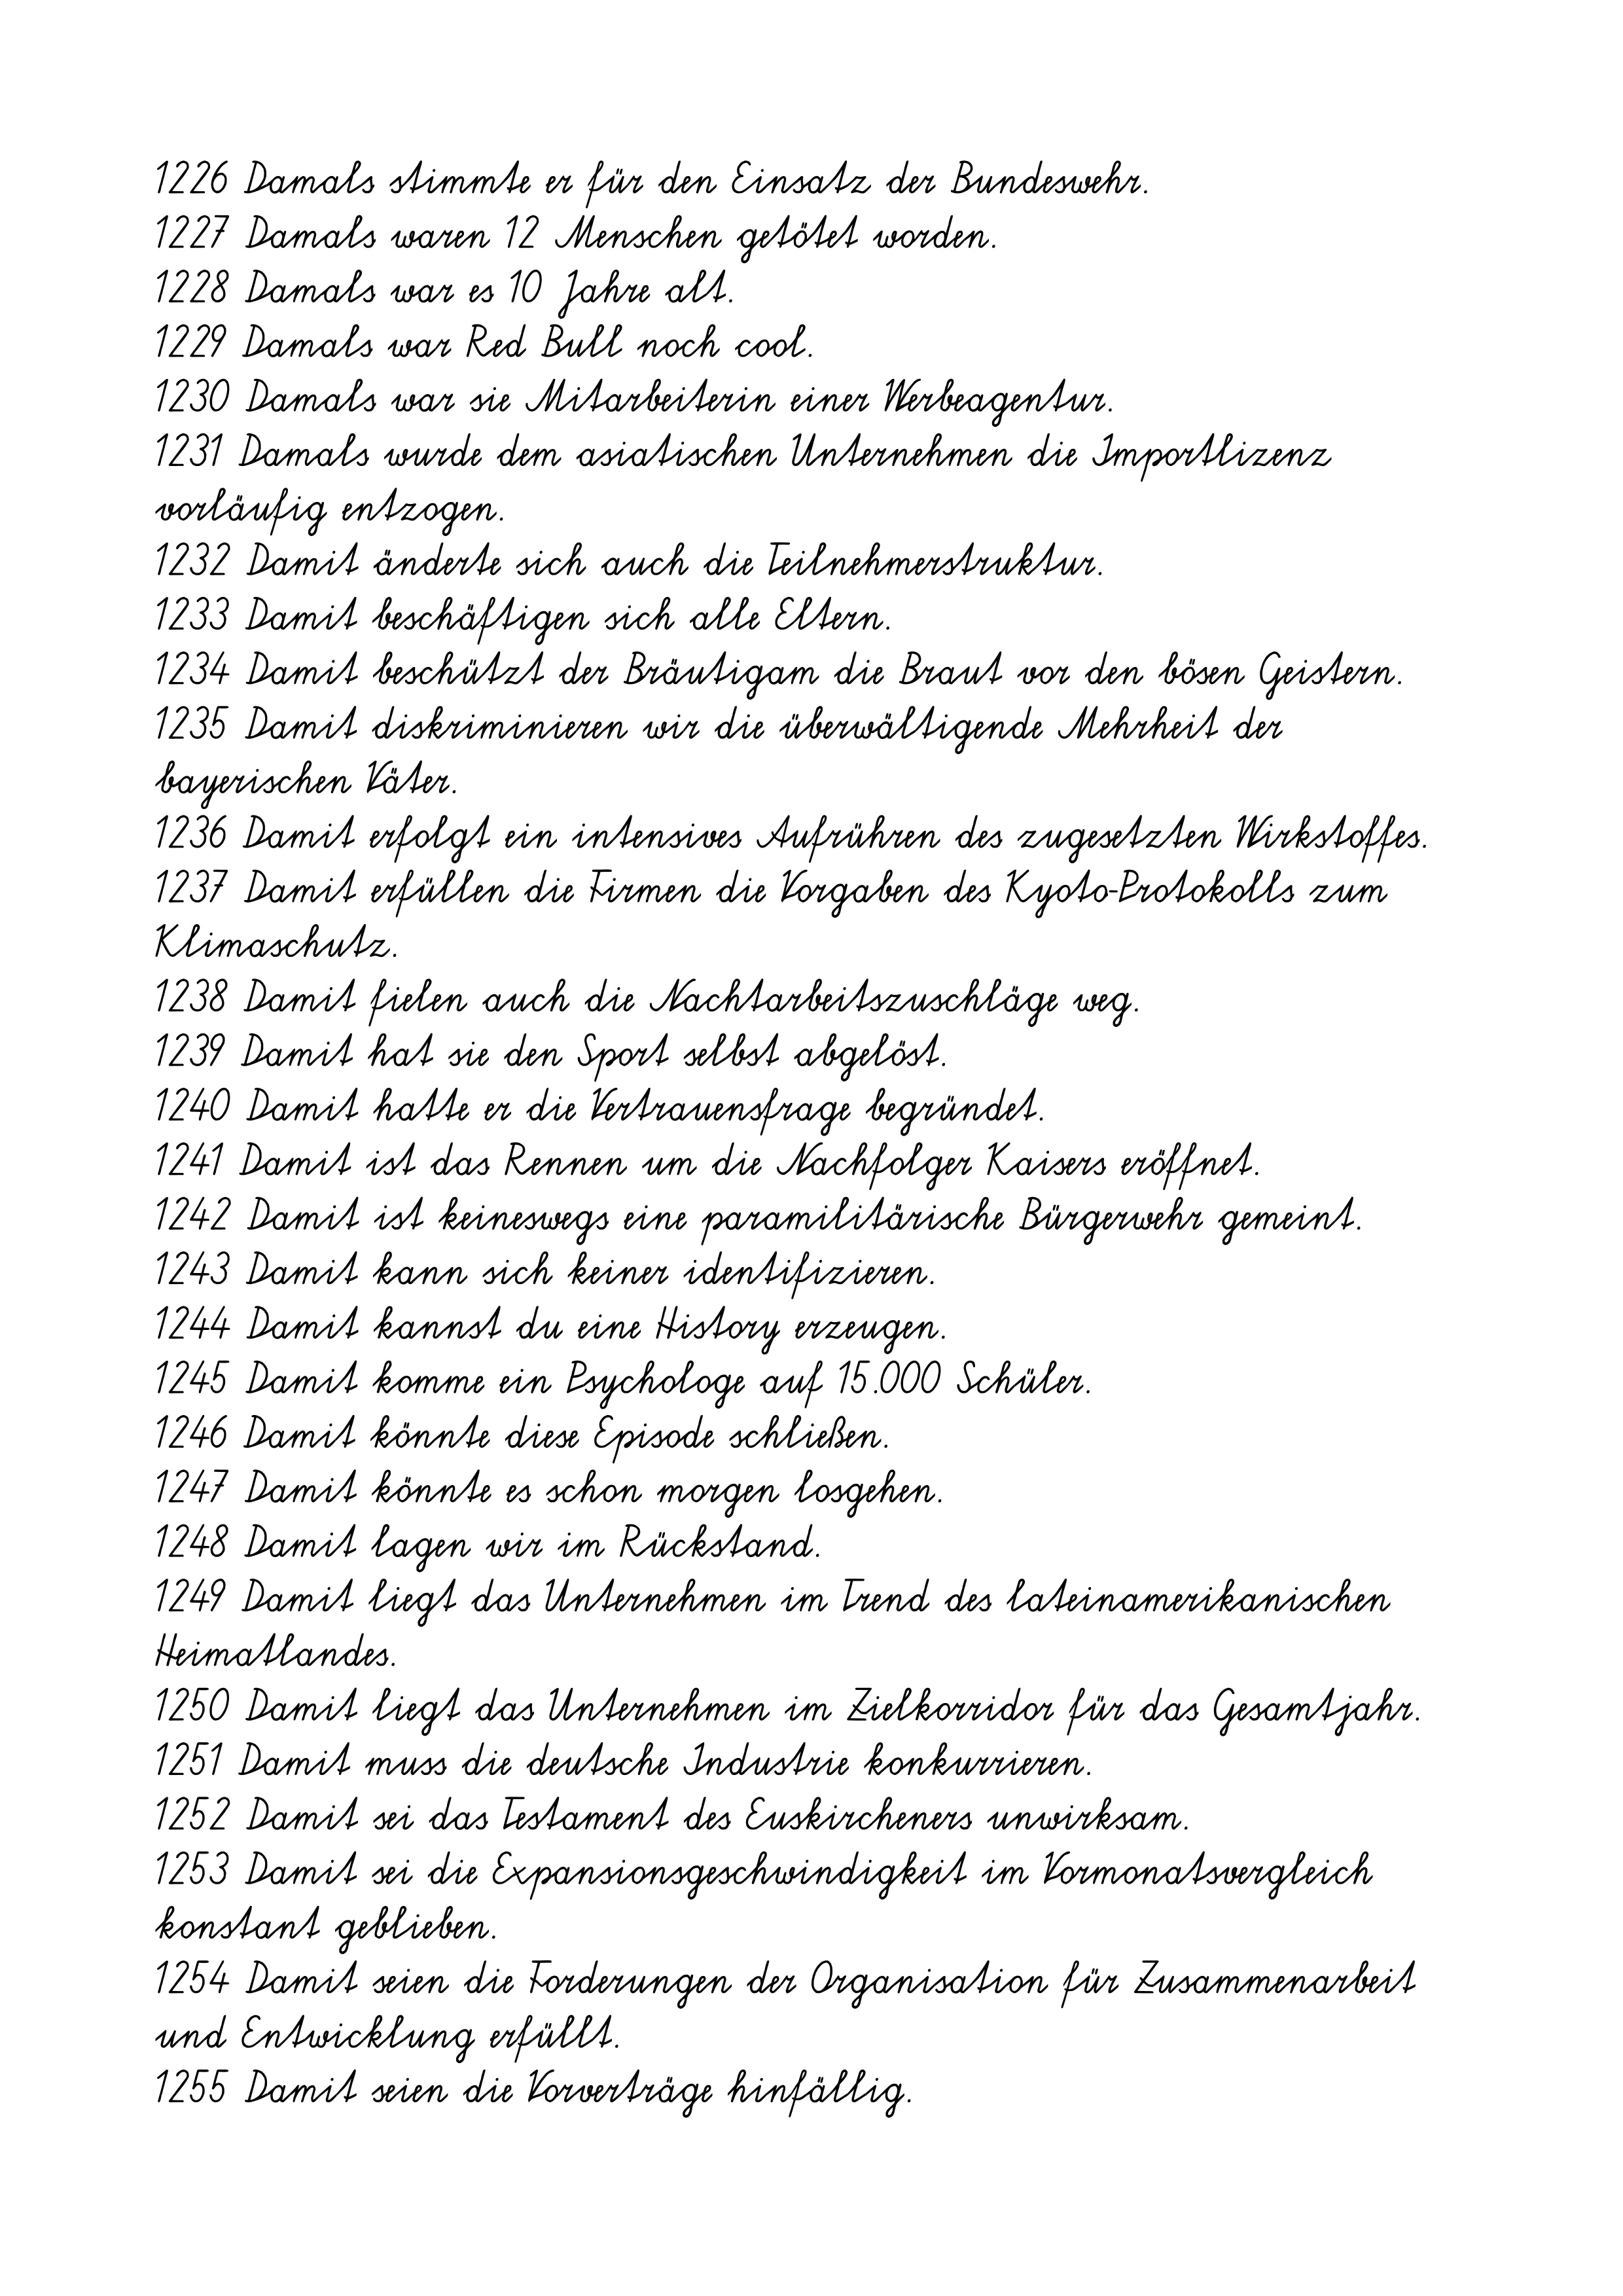
1226 Damals stimmte er für den Einsatz der Bundeswehr.
1227 Damals waren 12 Menschen getötet worden.
1228 Damals war es 10 Jahre alt.
1229 Damals war Red Bull noch cool.
1230 Damals war sie Mitarbeiterin einer Werbeagentur.
1231 Damals wurde dem asiatischen Unternehmen die Importlizenz
vorläufig entzogen.
1232 Damit änderte sich auch die Teilnehmerstruktur.
1233 Damit beschäftigen sich alle Eltern.
1234 Damit beschützt der Bräutigam die Braut vor den bösen Geistern.
1235 Damit diskriminieren wir die überwältigende Mehrheit der
bayerischen Väter.
1236 Damit erfolgt ein intensives Aufrühren des zugesetzten Wirkstoffes.
1237 Damit erfüllen die Firmen die Vorgaben des Kyoto-Protokolls zum
Klimaschutz.
1238 Damit fielen auch die Nachtarbeitszuschläge weg.
1239 Damit hat sie den Sport selbst abgelöst.
1240 Damit hatte er die Vertrauensfrage begründet.
1241 Damit ist das Rennen um die Nachfolger Kaisers eröffnet.
1242 Damit ist keineswegs eine paramilitärische Bürgerwehr gemeint.
1243 Damit kann sich keiner identifizieren.
1244 Damit kannst du eine History erzeugen.
1245 Damit komme ein Psychologe auf 15.000 Schüler.
1246 Damit könnte diese Episode schließen.
1247 Damit könnte es schon morgen losgehen.
1248 Damit lagen wir im Rückstand.
1249 Damit liegt das Unternehmen im Trend des lateinamerikanischen
Heimatlandes.
1250 Damit liegt das Unternehmen im Zielkorridor für das Gesamtjahr.
1251 Damit muss die deutsche Industrie konkurrieren.
1252 Damit sei das Testament des Euskircheners unwirksam.
1253 Damit sei die Expansionsgeschwindigkeit im Vormonatsvergleich
konstant geblieben.
1254 Damit seien die Forderungen der Organisation für Zusammenarbeit
und Entwicklung erfüllt.
1255 Damit seien die Vorverträge hinfällig.